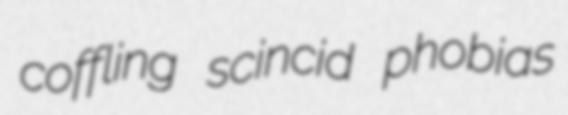
coffling scincid phobias